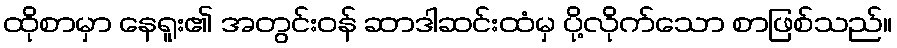
ထိုစာမှာ နေရူး၏ အတွင်းဝန် ဆာဒါဆင်းထံမှ ပို့လိုက်သော စာဖြစ်သည်။